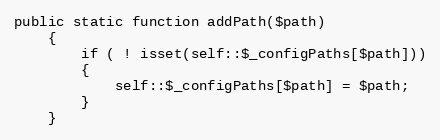
Language: PHP
public static function addPath($path)
    {
        if ( ! isset(self::$_configPaths[$path]))
        {
            self::$_configPaths[$path] = $path;
        }
    }